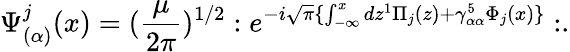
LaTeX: \Psi_{(\alpha)}^{j}(x)=(\frac{\mu}{2\pi})^{1/2}:e^{-i\sqrt{\pi}\{ \int_{-\infty}^{x}dz^{1}\Pi_{j}(z)+\gamma_{\alpha\alpha}^{5}\Phi_{j}(x)\} }:.